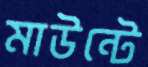
মাউন্টে